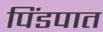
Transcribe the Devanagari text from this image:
पिंडपात